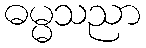
ဓမ္မသညာ